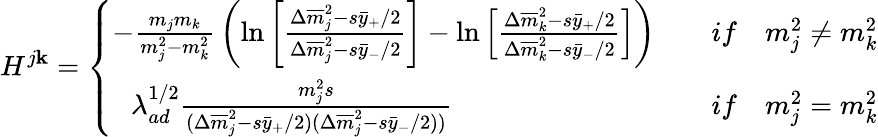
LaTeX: H^{j\mathbf{k}}=\left\{ \begin{array}{ll}{{-{\frac{m_{j}m_{k}}{m_{j}^{2}-m_{k}^{2}}}\left(\ln\left[{\frac{\Delta{\overline{{m}}}_{j}^{2}-s\bar{y}_{+}/2}{\Delta{\overline{{m}}}_{j}^{2}-s\bar{y}_{-}/2}}\right]-\ln\left[{\frac{\Delta{\overline{{m}}}_{k}^{2}-s\bar{y}_{+}/2}{\Delta{\overline{{m}}}_{k}^{2}-s\bar{y}_{-}/2}}\right]\right)}}&{{\quad if\quad m_{j}^{2}\ne m_{k}^{2}}}\\ {{\, \, \, \, \lambda_{ad}^{1/2}{\frac{m_{j}^{2}s}{(\Delta{\overline{{m}}}_{j}^{2}-s\bar{y}_{+}/2)(\Delta{\overline{{m}}}_{j}^{2}-s\bar{y}_{-}/2))}}}}&{{\quad if\quad m_{j}^{2}=m_{k}^{2}}}\end{array}\right.